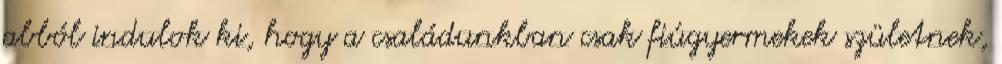
abból indulok ki, hogy a családunkban csak fiúgyermekek születnek,